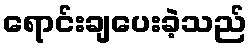
ရောင်းချပေးခဲ့သည်